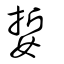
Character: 娎